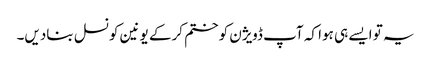
یہ تو ایسے ہی ہوا کہ آپ ڈویژن کو ختم کرکے یونین کونسل بنادیں۔